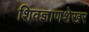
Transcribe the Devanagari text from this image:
शिवज्ञाणशेखर